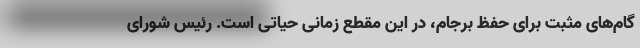
گام‌های مثبت برای حفظ برجام، در این مقطع زمانی حیاتی است. رئیس شورای